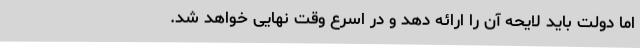
اما دولت باید لایحه آن را ارائه دهد و در اسرع وقت نهایی خواهد شد.